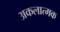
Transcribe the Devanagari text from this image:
अकलात्मक